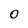
Character: 0